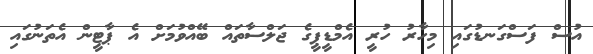
އުސް ފަސްގަނޑުގައި މިހާރު ހުރީ އެމްޑީޕީގެ ޖަލްސާތައް ބޭއްވުމަށް އެ ޕާޓީން އެތަނުގައި